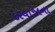
દરવાજાના